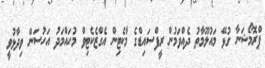
ޕްރޮމޯޝަނާ ގުޅޭ މައުލޫމާތު ދެއްވަމުން ރީފްސައިޑްގެ މާކެޓިން އެގްޒެކެޓިވް މުހައްމަދު އަހުސަން ވިދާޅުވީ